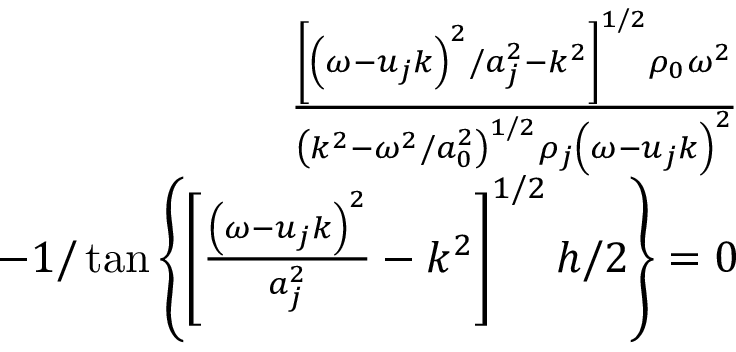
\begin{array} { r } { \frac { \left[ \left( \omega - u _ { j } k \right) ^ { 2 } / a _ { j } ^ { 2 } - k ^ { 2 } \right] ^ { 1 / 2 } \rho _ { 0 } \omega ^ { 2 } } { \left( k ^ { 2 } - \omega ^ { 2 } / a _ { 0 } ^ { 2 } \right) ^ { 1 / 2 } \rho _ { j } \left( \omega - u _ { j } k \right) ^ { 2 } } } \\ { - 1 / \tan \left\{ \left[ \frac { \left( \omega - u _ { j } k \right) ^ { 2 } } { a _ { j } ^ { 2 } } - k ^ { 2 } \right] ^ { 1 / 2 } h / 2 \right\} = 0 } \end{array}